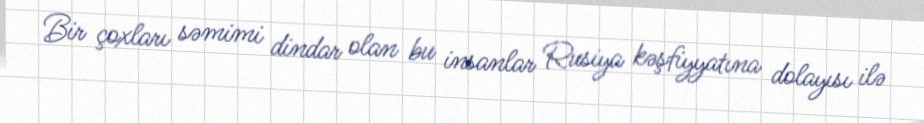
Bir çoxları səmimi dindar olan bu insanlar Rusiya kəşfiyyatına dolayısı ilə